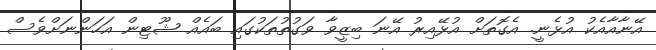
އޭނާއާއެކު އުޅެނީ. އެގޮތަށް އުޅޭއިރު އޭނަ ބިޒީވާ ވަގުތުތަކުގައި ބައެއް ޝޫޓިން އަހަންނަށްވެސް